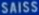
SAISS